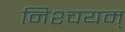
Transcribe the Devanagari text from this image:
निश्चयम्